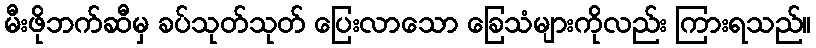
မီးဖိုဘက်ဆီမှ ခပ်သုတ်သုတ် ပြေးလာသော ခြေသံများကိုလည်း ကြားရသည်။